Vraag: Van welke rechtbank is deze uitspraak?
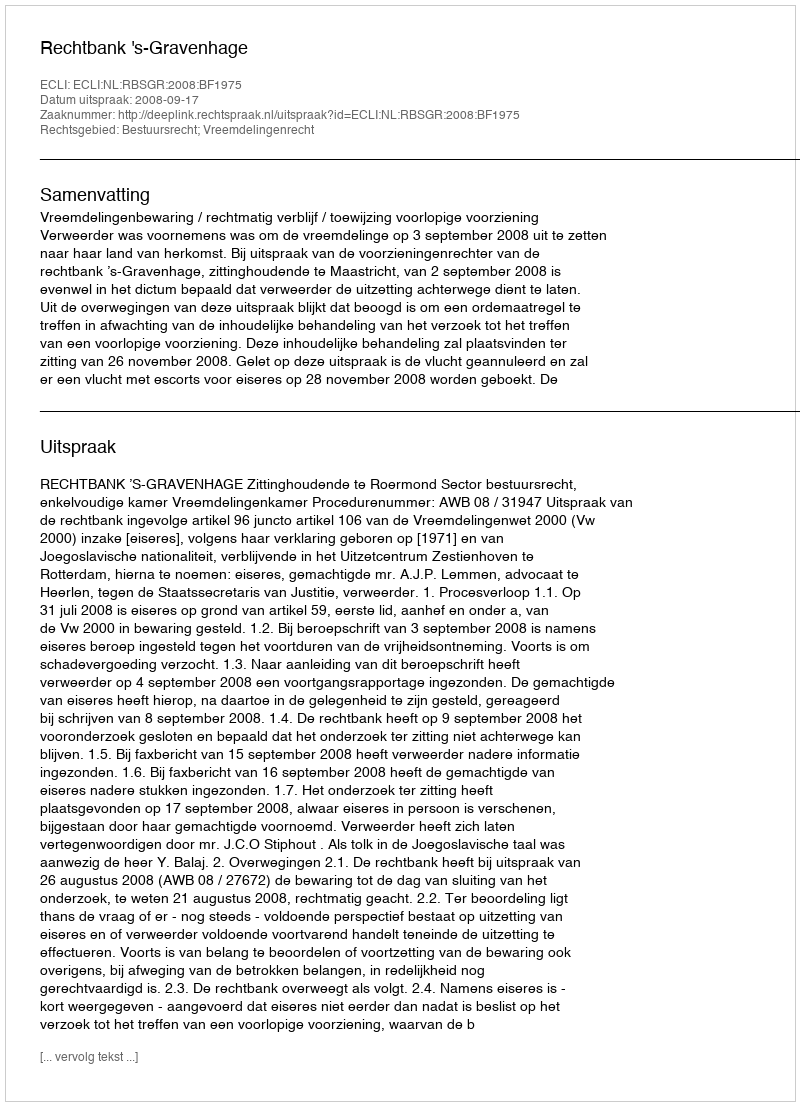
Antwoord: Rechtbank 's-Gravenhage